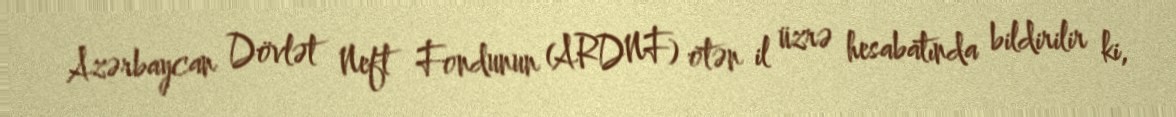
Azərbaycan Dövlət Neft Fondunun (ARDNF) ötən il üzrə hesabatında bildirilir ki,